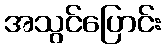
အသွင်ပြောင်း